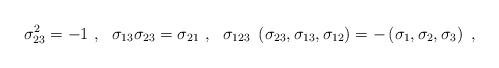
\begin{align*}\sigma_{23}^2 = -1~,~~\sigma_{13} \sigma_{23}=\sigma_{21}~,~~\sigma_{123} ~ \left( \sigma_{23}, \sigma_{13}, \sigma_{12} \right)= - \left( \sigma_{1}, \sigma_{2}, \sigma_{3} \right)~,\end{align*}